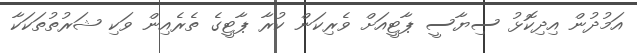
އަމުދުން އިދިކޮޅު ސިޔާސީ ޕާޓީއަށް ވެރިކަން ކުރާ ޕާޓީގެ ތެރެއިން ވަކި ޝަރުތުތަކަކާ